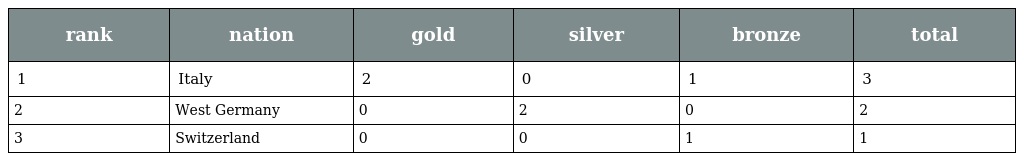
| rank | nation | gold | silver | bronze | total |
 | --- | --- | --- | --- | --- | --- |
 | 1 | Italy | 2 | 0 | 1 | 3 |
 | 2 | West Germany | 0 | 2 | 0 | 2 |
 | 3 | Switzerland | 0 | 0 | 1 | 1 |